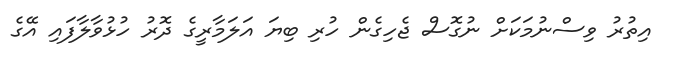
އިތުރު ވިސްނުމަކަށް ނުގޮސް ޖެހިގެން ހުރި ބިޔަ އަލަމާރީގެ ދޮރު ހުޅުވާލާފައި އޭގެ